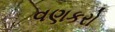
વણકરો